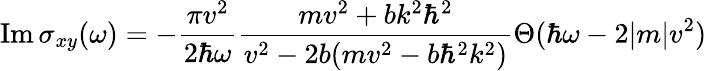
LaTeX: \mathrm{Im}\, \sigma_{xy}(\omega)=-\frac{\pi v^{2}}{2\hbar\omega}\frac{mv^{2}+bk^{2}\hbar^{2}}{v^{2}-2b(mv^{2}-b\hbar^{2}k^{2})}\Theta(\hbar\omega-2|m|v^{2})